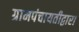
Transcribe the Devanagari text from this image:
ग्रामपंचायतीद्वारा